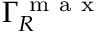
\Gamma _ { R } ^ { \mathrm { ~ m ~ a ~ x ~ } }